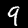
Label: 9